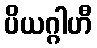
ပိယဂ္ဂါဟီ